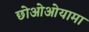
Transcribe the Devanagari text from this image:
छोओओयामा